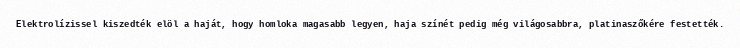
Elektrolízissel kiszedték elöl a haját, hogy homloka magasabb legyen, haja színét pedig még világosabbra, platinaszőkére festették.